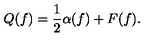
Q ( f ) = { \frac { 1 } { 2 } } \alpha ( f ) + F ( f ) .